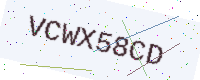
Text: VCWX58CD